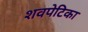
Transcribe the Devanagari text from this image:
शवपेटिका